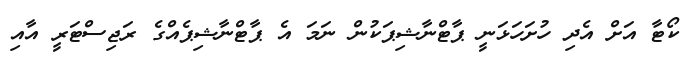
ކޯޓާ އަށް އެދި ހުށަހަޅަނީ ޕާޓްނާޝިޕަކުން ނަމަ އެ ޕާޓްނާޝިޕެއްގެ ރަޖިސްޓަރީ އާއި